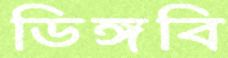
ডিঙ্গবি